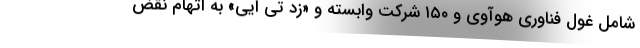
شامل غول فناوری هوآوی و ۱۵۰ شرکت وابسته و «زد تی ایی» به اتهام نقض